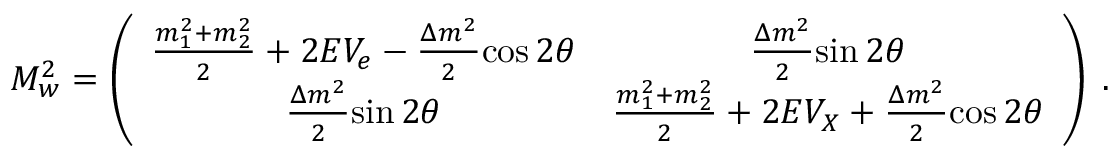
M _ { w } ^ { 2 } = \left( \begin{array} { c c } { { \frac { m _ { 1 } ^ { 2 } + m _ { 2 } ^ { 2 } } { 2 } + 2 E { V _ { e } } - \frac { \Delta m ^ { 2 } } { 2 } { \cos 2 \theta } } } & { { \frac { \Delta m ^ { 2 } } { 2 } { \sin 2 \theta } } } \\ { { \frac { \Delta m ^ { 2 } } { 2 } { \sin 2 \theta } } } & { { \frac { m _ { 1 } ^ { 2 } + m _ { 2 } ^ { 2 } } { 2 } + 2 E { V _ { X } } + \frac { \Delta m ^ { 2 } } { 2 } { \cos 2 \theta } } } \end{array} \right) \; .